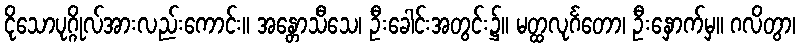
ငိုသောပုဂ္ဂိုလ်အားလည်းကောင်း။ အန္တောသီသေ၊ ဦးခေါင်းအတွင်း၌။ မတ္ထလုင်္ဂတော၊ ဦးနှောက်မှ။ ဂလိတွာ၊